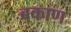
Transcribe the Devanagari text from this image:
बकाण